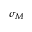
\sigma _ { M }